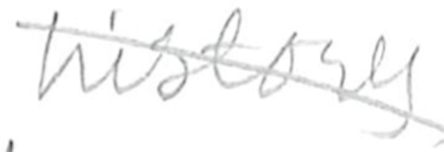
Text: history
Cross-out: diagonal
Writing tool: pencil